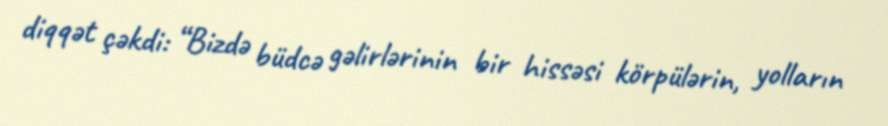
diqqət çəkdi: “Bizdə büdcə gəlirlərinin bir hissəsi körpülərin, yolların